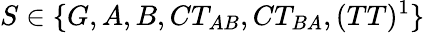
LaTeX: S\in\{ G,A,B,CT_{AB},CT_{BA},(TT)^{1}\}